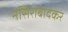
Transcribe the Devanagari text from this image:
नसिराबादकर